Report on the lunatic asylums under the Government of Bombay - 1904-1913
Year: 1904
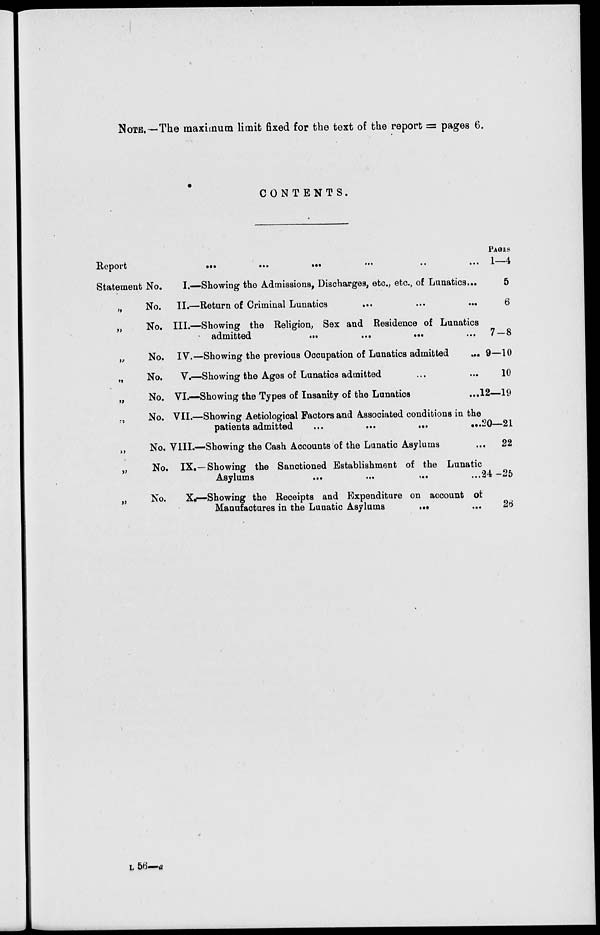
NOTE.—The maximum limit fixed for the text of the report = pages 6.
CONTENTS.
Report
...
...
...
...
...
...
Statement No. I.—Showing the Admissions, Discharges, etc., etc., of Lunatics...
„
No.
II.—Return of Criminal Lunatics
...
...
...
„
No. III.—Showing the Religion, Sex and Residence of Lunatics
admitted
...
...
...
...
„
No. IV.—Showing the previous Occupation of Lunatics admitted
...
„
No.
V.—Showing the Ages of Lunatics admitted ... ...
„
No. VI.—Showing the Types of Insanity of the Lunatics
...
„
No. VII.—Showing Aetiological Factors and Associated conditions in the
patients admitted
...
...
...
...
„
No, VIII.—Showing the Cash Accounts of the Lunatic Asylums ...
„
No. IX.— Showing the Sanctioned Establishment of the Lunatic
Asylums
...
...
...
...
„
No.
X.—Showing the Receipts and Expenditure on account of
Manufactures in the Lunatic Asylums ... ...
PAGES
1—4
5
6
7—8
9—10
10
12—19
20—21
22
24 —25
26
L 56—a